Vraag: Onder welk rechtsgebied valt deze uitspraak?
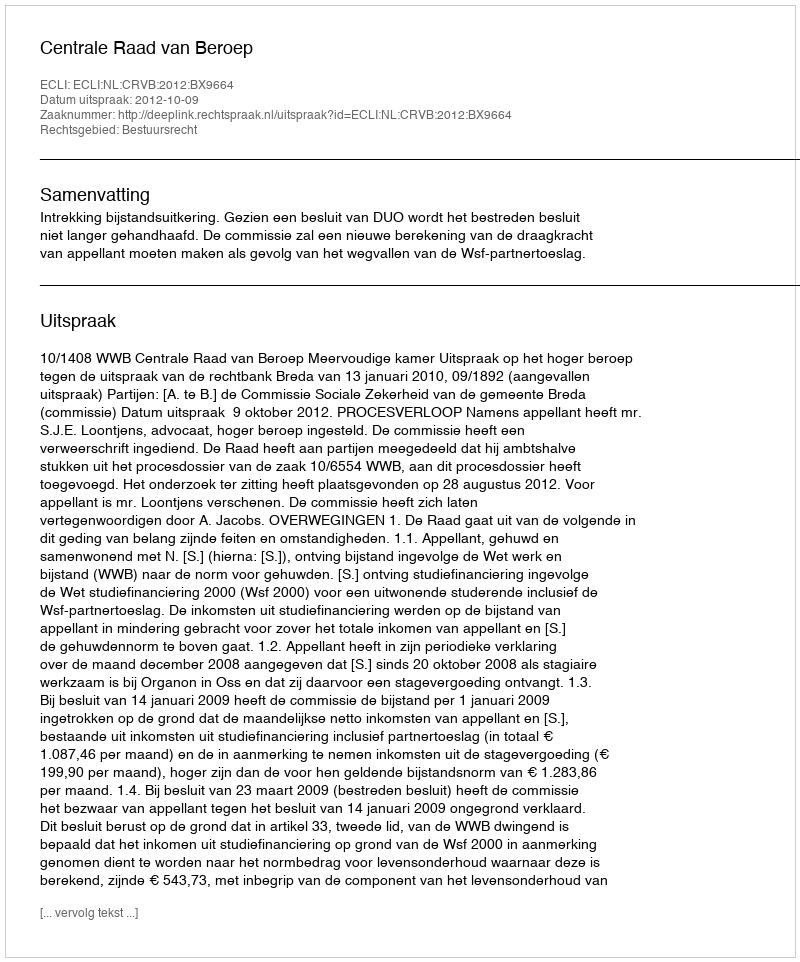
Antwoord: Bestuursrecht